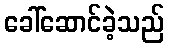
ခေါ်ဆောင်ခဲ့သည်